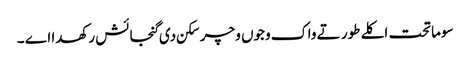
سوماتحت اکلے طور تے واک وجوں وچر سکن دی گنجائش رکھدا اے ۔